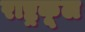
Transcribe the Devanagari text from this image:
राष्ट्रकूल